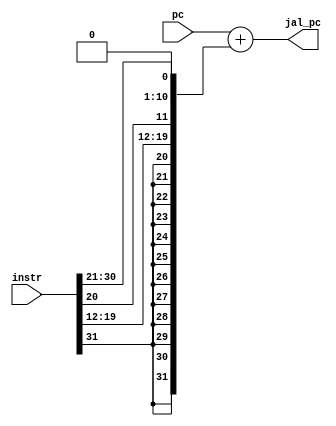
module jal_unit(
    input [31:0] instr,
    input [31:0] pc,
    output [31:0] jal_pc
);
    wire [31:0] imm;
    assign imm =
	{{11{instr[31]}},
    instr[31],
	instr[19:12],
	instr[20],
	instr[30:21],
	1'b0};
    assign jal_pc = pc + imm;
endmodule